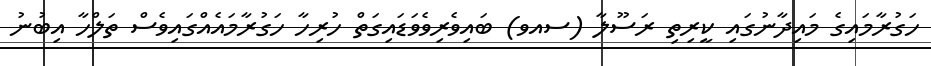
ހަގުރާމައިގެ މައިދާނުގައި ކީރިތި ރަސޫލާ (ސއވ) ބައިވެރިވެވަޑައިގަތް ހުރިހާ ހަގުރާމައެއްގައިވެސް ތަލްހާ އިބުނު